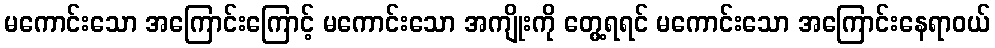
မကောင်းသော အကြောင်းကြောင့် မကောင်းသော အကျိုးကို တွေ့ရရင် မကောင်းသော အကြောင်းနေရာဝယ်